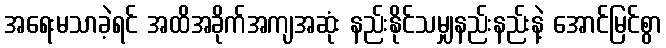
အရေးမသာခဲ့ရင် အထိအခိုက်အကျအဆုံး နည်းနိုင်သမျှနည်းနည်းနဲ့ အောင်မြင်စွာ